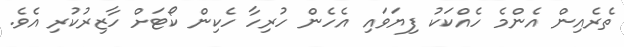
ތެރެއިން އެންމެ ހެއްކަކު ފިޔަވައި އެހެން ހުރިހާ ހެކިން ކޯޓަށް ހާޒިރުކުރި އެވެ.